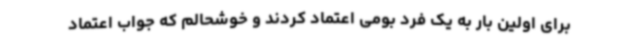
برای اولین بار به یک فرد بومی اعتماد کردند و خوشحالم که جواب اعتماد